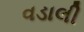
વડાલી